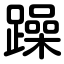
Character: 躁